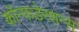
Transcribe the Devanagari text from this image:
कॉन्फडेरशन्स